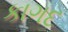
કાગદ